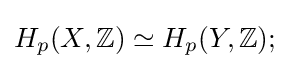
H_{p}(X,\mathbb {Z} )\simeq H_{p}(Y,\mathbb {Z} );